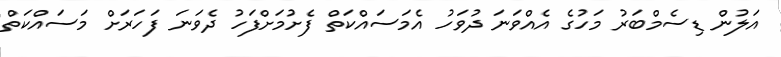
އަލުން ޑިސެމްބަރު މަހުގެ އެއްވަނަ ދުވަހު އެމަސައްކަތް ފެށުމަށްފަހު ދެވަނަ ފަހަރަށް މަސައްކަތް